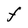
Character: F